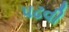
પઢવી